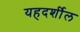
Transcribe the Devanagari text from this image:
यहदर्शील